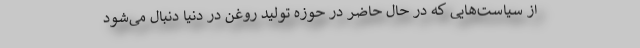
از سیاست‌هایی که در حال حاضر در حوزه تولید روغن در دنیا دنبال می‌شود